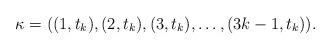
LaTeX: \begin{align*}\kappa = ((1,t_k),(2,t_k),(3,t_k),\ldots,(3k-1,t_k)).\end{align*}